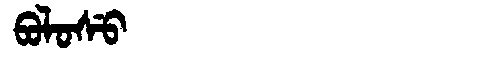
Manchu: ᠪᠣᠯᠣᠰᡠ
Romanization: BOLOSU